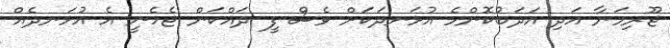
ޖޫރިމަނާ އަދި އަދަބުކޮންމެ އުޅަނދަކަށް ވެސް ފީ ދައްކަން ޖެހެނީ އެ އުޅަނދެއް